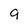
Character: 9